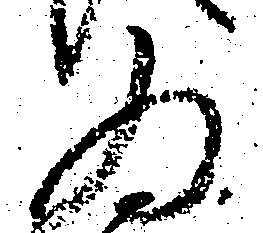
為